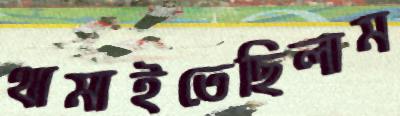
থামাইতেছিলাম